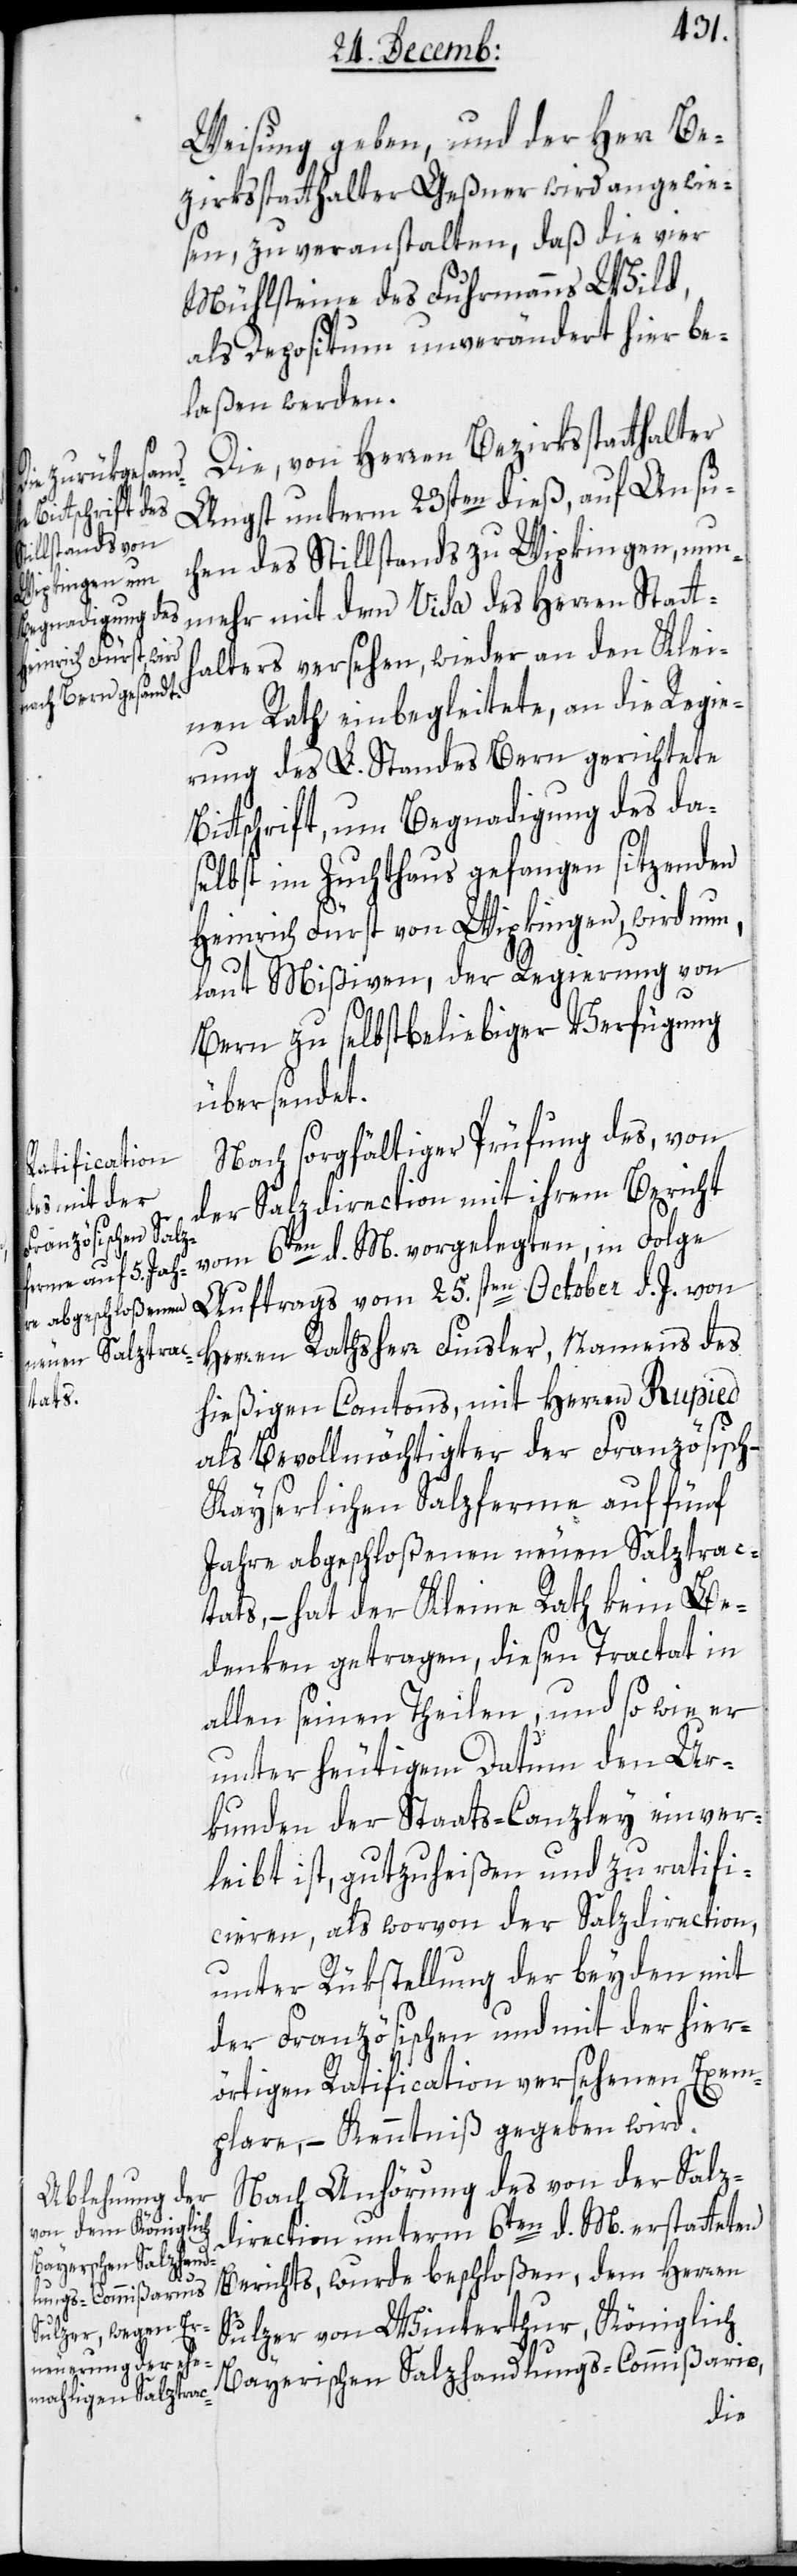
Weisung geben, und der Herr Be¬
zirksstatthalter Geßner wird angewie¬
sen, zu veranstalten, daß die vier
Mühlsteine des Fuhrmanns Wild,
als Depositum unverändert hier be¬
laßen werden.
Die von Herren Bezirksstatthalter
Angst unterm 23sten dieß, auf Ansuc¬
hen des Stillstands zu Wipkingen, nun¬
mehr mit dem Visa des Herren Statt¬
halters versehen, wieder an den Klei¬
nen Rath einbegleitete, an die Regie¬
rung des L. Standes Bern gerichtete
Bittschrift, um Begnadigung des da¬
selbst im Zuchthaus gefangen sitzenden
Heinrich Fürst von Wipkingen, wird nun,
laut Mißiven, der Regierung von
Bern zu selbstbeliebiger Verfügung
übersendet.
Nach sorgfältiger Prüfung des, von
der Salzdirection mit ihrem Bericht
vom 6ten d. M. vorgelegten, in Folge
Auftrags vom 25.sten October d. J. von
Herren Rathsherr Finsler, namens des
hießigen Cantons, mit Herren Rupied
als Bevollmächtigter der Französisc¬
h-Kayserlichen Salzferme auf fünf
Jahre abgeschloßenen neuen Salztrac¬
tats, – hat der Kleine Rath kein Be¬
denken getragen, diesen Tractat in
allen seinen Theilen, und so wie er
unter heutigem Datum den Ur¬
kunden der Staats-Canzley einver¬
leibt ist, gutzuheißen und zu ratifi¬
cieren, als worvon der Salzdirection,
unter Rükstellung der beyden mit
der Französischen und mit der hier¬
örtigen Ratification versehenen Exem¬
plare, – Kenntniß gegeben wird.
Nach Anhörung des von der Salz¬
direction unterm 6ten d. M. erstatteten
Berichts, wurde beschloßen, dem Herren
Sulzer von Winterthur, Königlich
Bayerischen Salzhandlungs-Commißario,